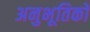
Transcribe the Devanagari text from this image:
अनुभूतिको